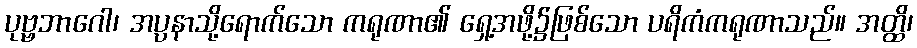
ပုဗ္ဗဘာဂေါ၊ အပ္ပနာသို့ရောက်သော ကရုဏာ၏ ရှေ့အဖို့၌ဖြစ်သော ပရိကံကရုဏာသည်။ အတ္ထိ၊